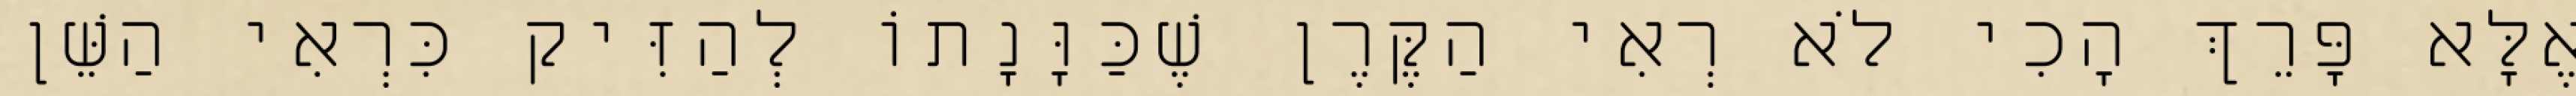
אֶלָּא פָּרֵךְ הָכִי לֹא רְאִי הַקֶּרֶן שֶׁכַּוָּנָתוֹ לְהַזִּיק כִּרְאִי הַשֵּׁן